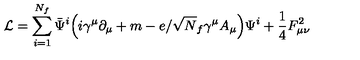
{ \cal L } = \sum _ { i = 1 } ^ { N _ { f } } \bar { { \Psi } } ^ { i } \Big ( i \gamma ^ { \mu } \partial _ { \mu } + m - e / \sqrt N _ { f } \gamma ^ { \mu } A _ { \mu } \Big ) \Psi ^ { i } + \frac { 1 } { 4 } F _ { { \mu } { \nu } } ^ { 2 }